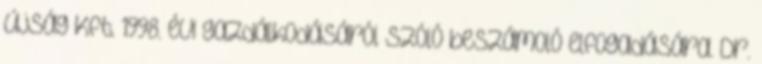
Újság Kft. 1998. évi gazdálkodásáról szóló beszámoló elfogadására. Dr.